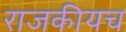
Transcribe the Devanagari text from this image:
राजकीयच